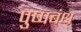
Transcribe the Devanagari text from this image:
पुष्पबंध